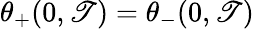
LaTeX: \theta_{+}(0,\mathscr{T})=\theta_{-}(0,\mathscr{T})